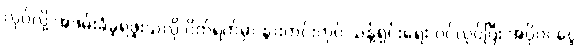
လုပ်လို့ အဖမ်းခံခဲ့ရဖူးသလို ပိတ်ရက်မှာ နွားတင်းကုပ် သန့်ရှင်းရေး ဝင်လုပ်ပြီး အပိုဝင်ငွေ